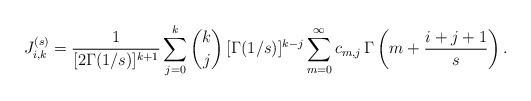
\begin{align*}J_{i,k}^{(s)}&=\frac{1}{[2\Gamma(1/s)]^{k+1}}\sum_{j=0}^k\binom{k}{j}\,[\Gamma(1/s)]^{k-j}\sum_{m=0}^\infty c_{m,j}\,\Gamma\left(m+\frac{i+j+1}{s}\right).\end{align*}